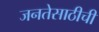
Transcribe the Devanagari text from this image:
जनतेसाठीची